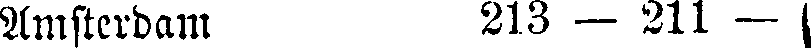
Amsterdam 213 - 211 -